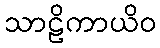
သာဠိကာယိဝ